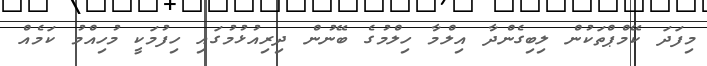
މިފަދަ ކޭމްޕްތަކުން ލިބިގެންދާ އިލްމާ ހިލްމުގެ ބޭނުން ދިރިއުޅުމުގައި ހިފުމަކީ މުހިއްމު ކަމެއް